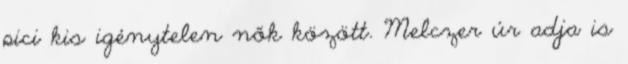
pici kis igénytelen nők között. Melczer úr adja is